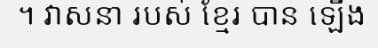
។ វាសនា របស់ ខ្មែរ បាន ឡើង